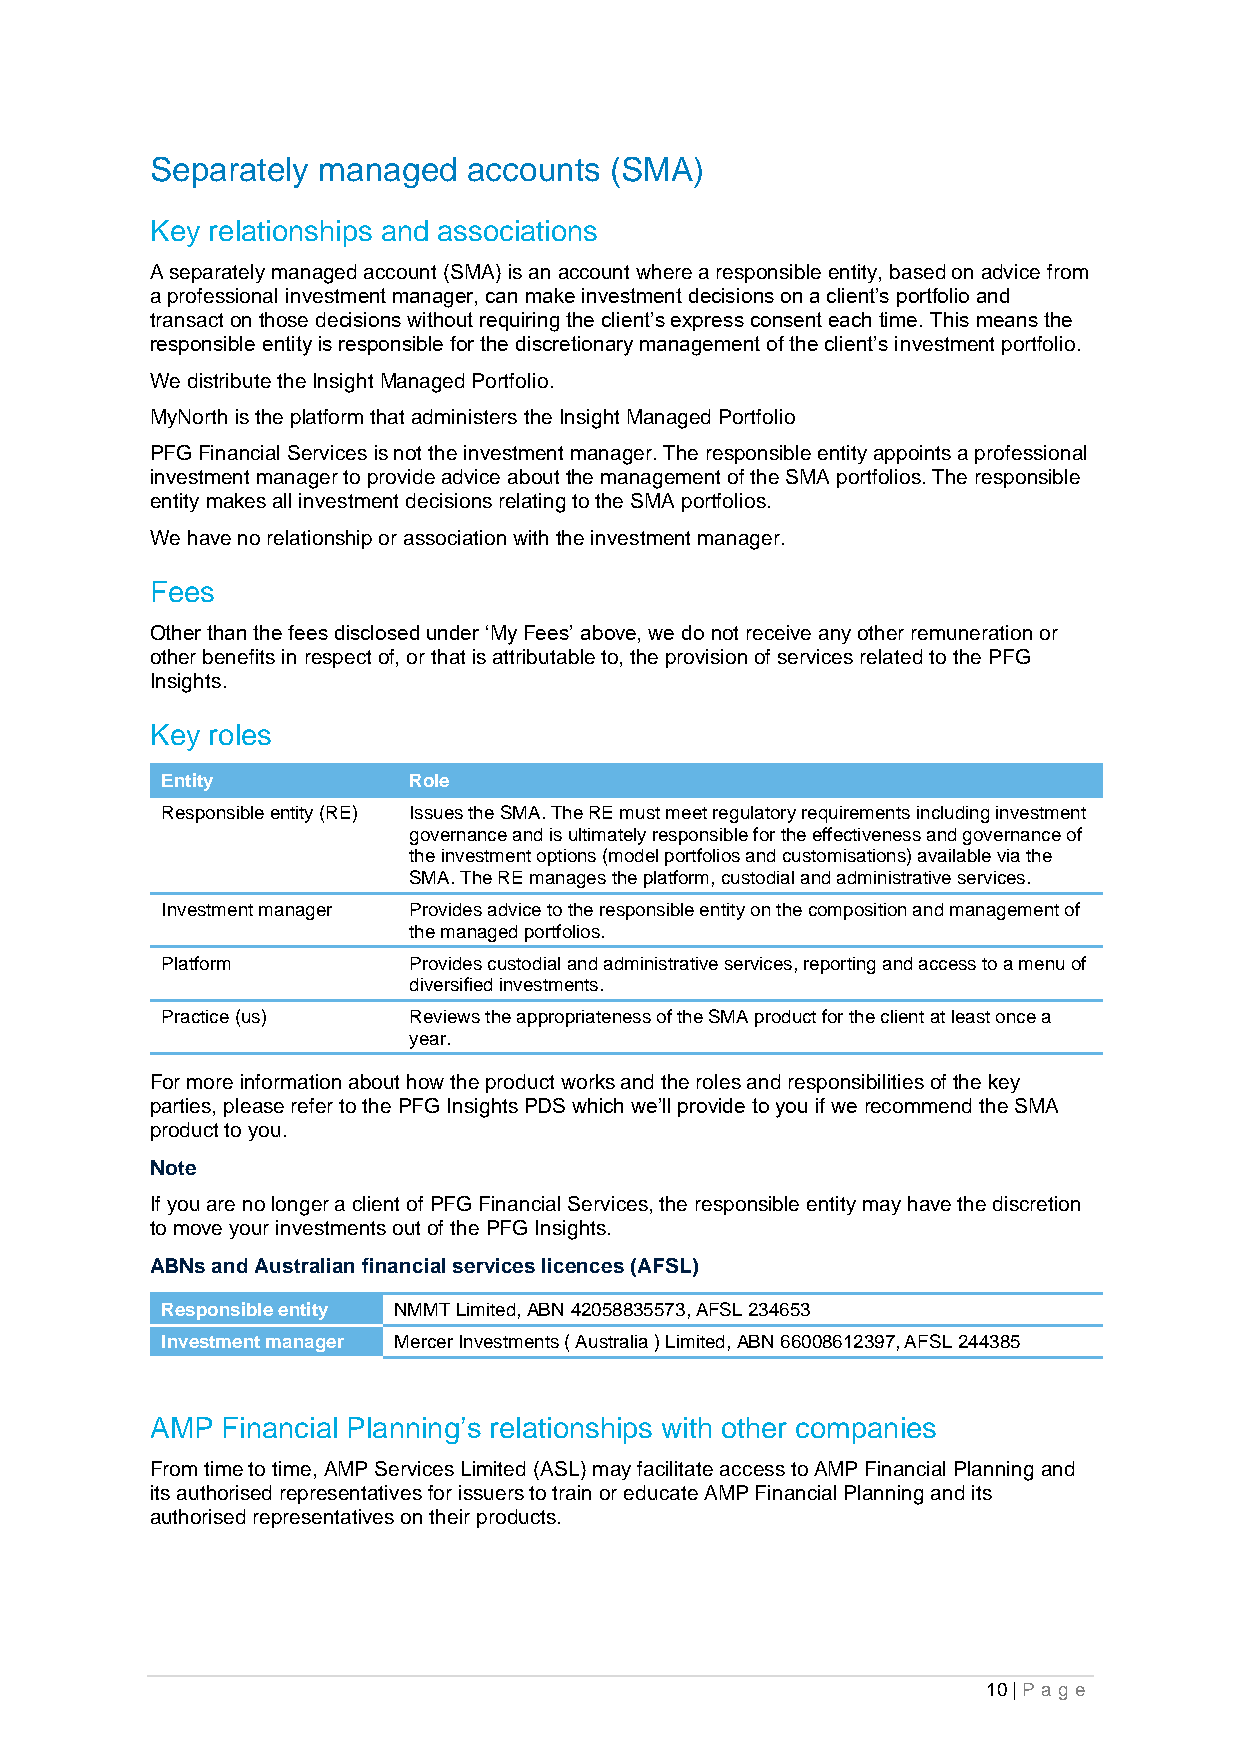
Separately managed   accounts (SMA)
 Key relationships and associations
 A separately managed account (SMA) is an account where a responsible entity, based on advice from
 a professional investment manager, can make investment decisions on a client’s portfolio and
 transact on those decisions without requiring the client’s express consent each time. This means the
 responsible entity is responsible for the discretionary management of the client’s investment portfolio.
 We distribute the Insight Managed Portfolio.
 MyNorth is the platform that administers the Insight Managed Portfolio
 PFG Financial Services is not the investment manager. The responsible entity appoints a professional
 investment manager to provide advice about the management of the SMA portfolios. The responsible
 entity makes all investment decisions relating to the SMA portfolios.
 We have no relationship or association with the investment manager.
 Fees
 Other than the fees disclosed under ‘My Fees’ above, we do not receive any other remuneration or
 other benefits in respect of, or that is attributable to, the provision of services related to the PFG
 Insights.
 Key roles
 Entity          Role
 Responsible entity (RE) Issues the SMA. The RE must meet regulatory requirements including investment
 governance and is ultimately responsible for the effectiveness and governance of
 the investment options (model portfolios and customisations) available via the
 SMA. The RE manages the platform, custodial and administrative services.
 Investment manager Provides advice to the responsible entity on the composition and management of
 the managed portfolios.
 Platform        Provides custodial and administrative services, reporting and access to a menu of
 diversified investments.
 Practice (us)   Reviews the appropriateness of the SMA product for the client at least once a
 year.
 For more information about how the product works and the roles and responsibilities of the key
 parties, please refer to the PFG Insights PDS which we’ll provide to you if we recommend the SMA
 product to you.
 Note
 If you are no longer a client of PFG Financial Services, the responsible entity may have the discretion
 to move your investments out of the PFG Insights.
 ABNs and Australian financial services licences (AFSL)
 Responsible entity NMMT Limited, ABN 42058835573, AFSL 234653
 Investment manager Mercer Investments ( Australia ) Limited, ABN 66008612397, AFSL 244385
 AMP  Financial Planning’s relationships with other companies
 From time to time, AMP Services Limited (ASL) may facilitate access to AMP Financial Planning and
 its authorised representatives for issuers to train or educate AMP Financial Planning and its
 authorised representatives on their products.
 10 | Pa g e